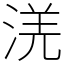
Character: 㳾